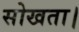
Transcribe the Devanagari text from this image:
सोखता।